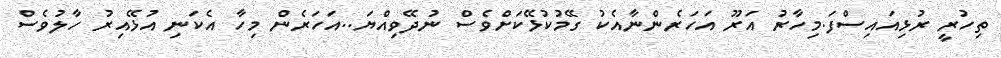
ތިހުރީ ރުޅިއައިސްފަ.މިހާރު އަރޫ އަހަރެންނާއެކު ގޭމުކުޅޭކަށްވެސް ނުދޭވިއްޔަ..އަހަރެން މިހާ އެކަނި އުޅޭއިރު ހާލުވެސް